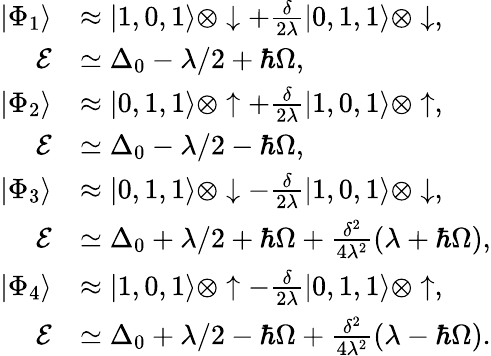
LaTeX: \begin{array}{rl}{|\Phi_{1}\rangle}&{\approx|1,0,1\rangle\otimes\downarrow+\frac{\delta}{2\lambda}|0,1,1\rangle\otimes\downarrow,\quad}\\ {\mathcal{E}}&{\simeq\Delta_{0}-\lambda/2+\hbar\Omega,}\\ {|\Phi_{2}\rangle}&{\approx|0,1,1\rangle\otimes\uparrow+\frac{\delta}{2\lambda}|1,0,1\rangle\otimes\uparrow,\quad}\\ {\mathcal{E}}&{\simeq\Delta_{0}-\lambda/2-\hbar\Omega,}\\ {|\Phi_{3}\rangle}&{\approx|0,1,1\rangle\otimes\downarrow-\frac{\delta}{2\lambda}|1,0,1\rangle\otimes\downarrow,\quad}\\ {\mathcal{E}}&{\simeq\Delta_{0}+\lambda/2+\hbar\Omega+\frac{\delta^{2}}{4\lambda^{2}}(\lambda+\hbar\Omega),}\\ {|\Phi_{4}\rangle}&{\approx|1,0,1\rangle\otimes\uparrow-\frac{\delta}{2\lambda}|0,1,1\rangle\otimes\uparrow,\quad}\\ {\mathcal{E}}&{\simeq\Delta_{0}+\lambda/2-\hbar\Omega+\frac{\delta^{2}}{4\lambda^{2}}(\lambda-\hbar\Omega).}\end{array}